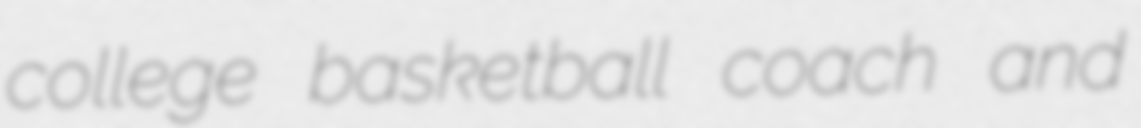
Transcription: college basketball coach and